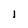
Character: I